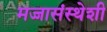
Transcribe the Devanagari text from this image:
मज्जासंस्थेशी